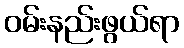
ဝမ်းနည်းဖွယ်ရာ